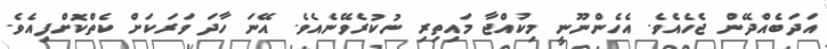
އަދަބެއްދޭން ޖެހެއެވެ. އެހެންނޫނީ މިކުއްޖާ މައިތިރި ނުކުރެވޭނެއެވެ. އޭނަ ހާދަ ވަރަކަށް ކެތްކޮށްފިއެވެ.